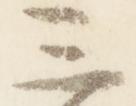
三